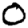
Digit: 0